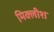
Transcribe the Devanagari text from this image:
मिक्लीश